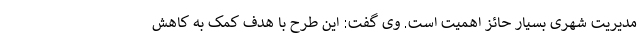
مدیریت شهری بسیار حائز اهمیت است. وی گفت: این طرح با هدف کمک به کاهش